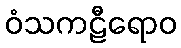
ဝံသကဠီရောဝ